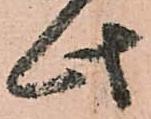
此